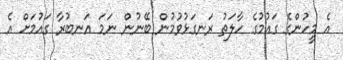
އެ މީހުންގެ ގައުމުގެ ހާލަތު ރަނގަޅުވުމުން ބޭނުން ނަމަ އަނބުރާ ގައުމަށް އެ